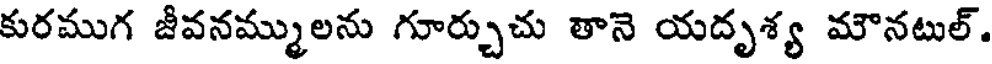
కురముగ జీవనమ్ములను గూర్చుచు తానె యదృశ్య మౌనటుల్.